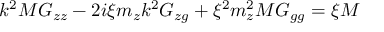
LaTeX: k ^ { 2 } M G _ { z z } - 2 i \xi m _ { z } k ^ { 2 } G _ { z g } + \xi ^ { 2 } m _ { z } ^ { 2 } M G _ { g g } = \xi M